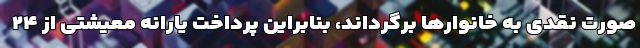
صورت نقدی به خانوارها برگرداند، بنابراین پرداخت یارانه معیشتی از ۲۴